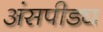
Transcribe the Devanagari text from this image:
अंसपीड्य